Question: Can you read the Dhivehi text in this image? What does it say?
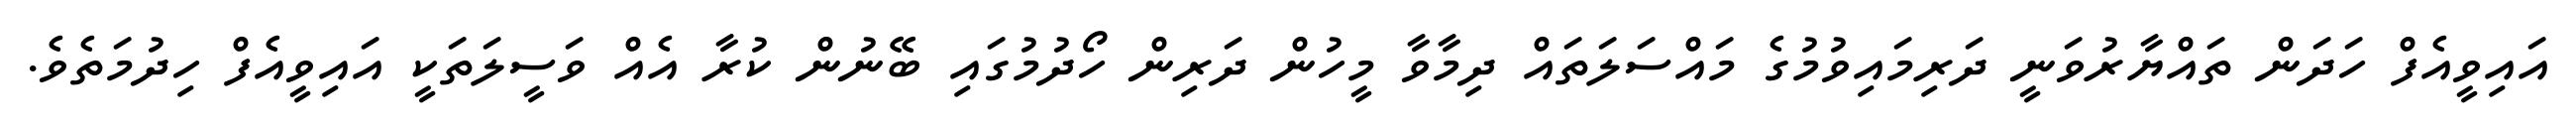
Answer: އައިވީއެފް ހަދަން ތައްޔާރުވަނީ ދަރިމައިވުމުގެ މައްސަލަތައް ދިމާވާ މީހުން ދަރިން ހޯދުމުގައި ބޭނުން ކުރާ އެއް ވަސީލަތަކީ އައިވީއެފް ހިދުމަތެވެ.